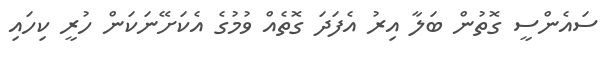
ސައެންސީ ގޮތުން ބަލާ އިރު އެފަދަ ގޮތެއް ވުމުގެ އެކަށޭނަކަން ހުރީ ކިހައި